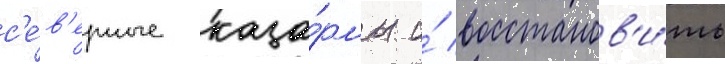
с'е́в'ерные каза́рмы и́ восстанов'и́ть